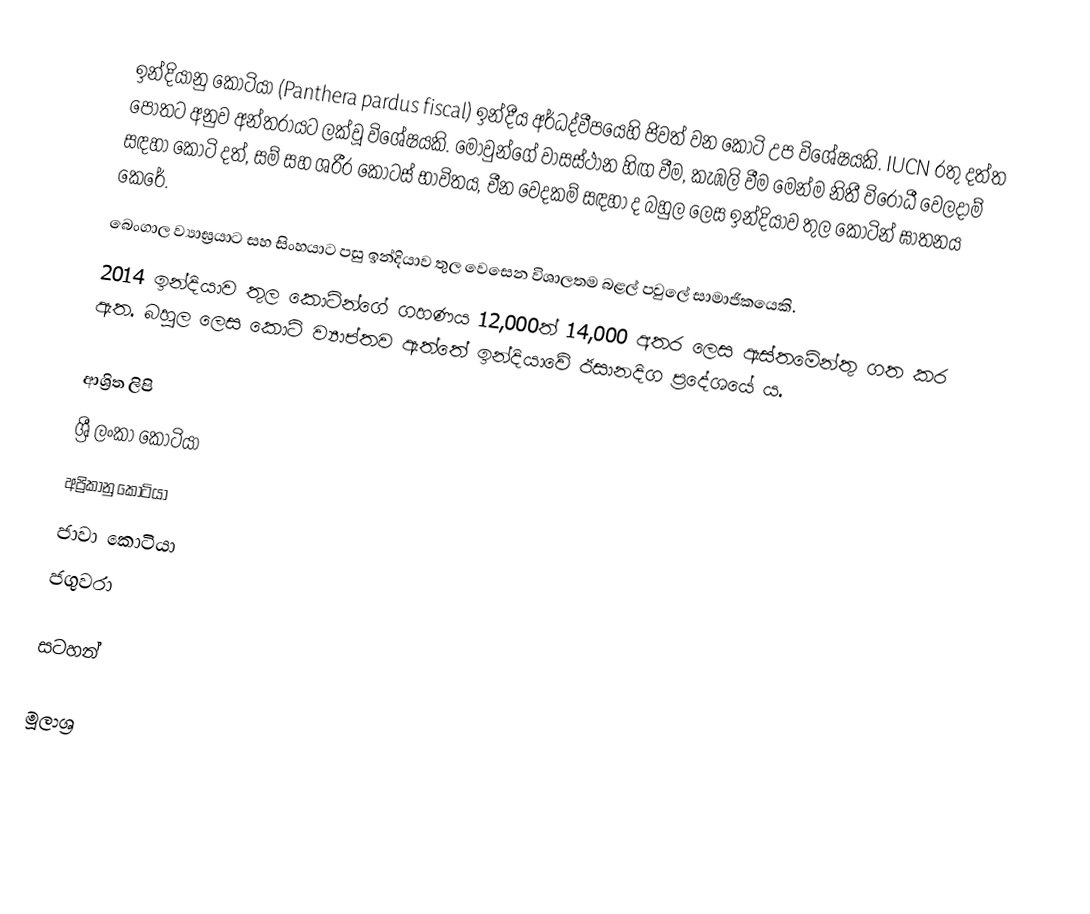
ඉන්දියානු කොටියා (Panthera pardus fiscal)  ඉන්දීය අර්ධද්වීපයෙහි ජිවත් වන කොටි උප විශේෂයකි. IUCN රතු දත්ත පොතට අනුව අන්තරායට ලක්වූ විශේෂයකි. මොවුන්ගේ වාසස්ථාන හිඟ වීම, කැඹලි වීම මෙන්ම නිතී විරෝධී වෙලදාම් සඳහා කොටි දත්, සම් සහ ශරීර කොටස් භාවිතය, චීන වෙදකම් සඳහා ද බහුල ලෙස ඉන්දියාව තුල කොටින් ඝාතනය කෙරේ.
බෙංගාල ව්‍යාඝ්‍රයාට සහ සිංහයාට පසු ඉන්දියාව තුල වෙසෙන විශාලතම බළල් පවුලේ සාමාජිකයෙකි.
2014 ඉන්දියාව තුල කොටින්ගේ ගහණය 12,000ත් 14,000 අතර ලෙස ඇස්තමේන්තු ගත කර ඇත. බහුල ලෙස කොටි ව්‍යාප්තව ඇත්තේ ඉන්දියාවේ ඊසානදිග ප්‍රදේශයේ ය.

ආශ්‍රිත ලිපි
 ශ්‍රී ලංකා කොටියා
 අප්‍රිකානු කොටියා
 ජාවා කොටියා
 ජගුවරා

සටහන්

මූලාශ්‍ර